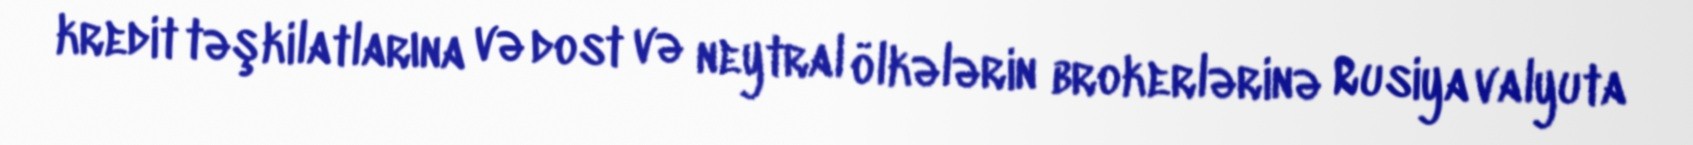
kredit təşkilatlarına və dost və neytral ölkələrin brokerlərinə Rusiya valyuta